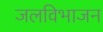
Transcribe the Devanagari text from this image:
जलविभाजन